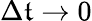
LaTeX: \Delta\mathfrak{t}\rightarrow0